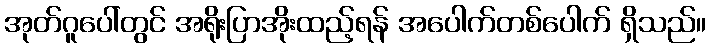
အုတ်ဂူပေါ်တွင် အရိုးပြာအိုးထည့်ရန် အပေါက်တစ်ပေါက် ရှိသည်။